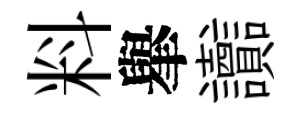
料𦦙讟